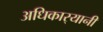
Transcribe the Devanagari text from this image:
अधिकार्‍यानी